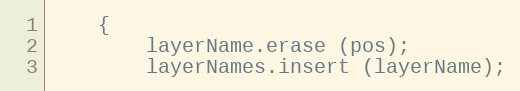
Language: C++
	{
	    layerName.erase (pos);
	    layerNames.insert (layerName);